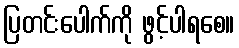
ပြတင်းပေါက်ကို ဖွင့်ပါရစေ။